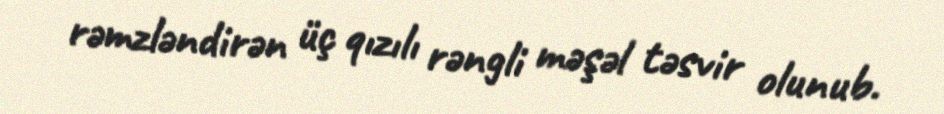
rəmzləndirən üç qızılı rəngli məşəl təsvir olunub.